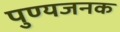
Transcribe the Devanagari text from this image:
पुण्यजनक